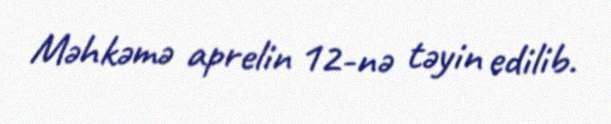
Məhkəmə aprelin 12-nə təyin edilib.